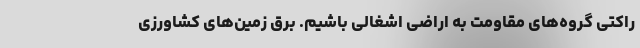
راکتی گروه‌های مقاومت به اراضی اشغالی باشیم. برق زمین‌های کشاورزی